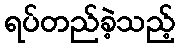
ရပ်တည်ခဲ့သည့်